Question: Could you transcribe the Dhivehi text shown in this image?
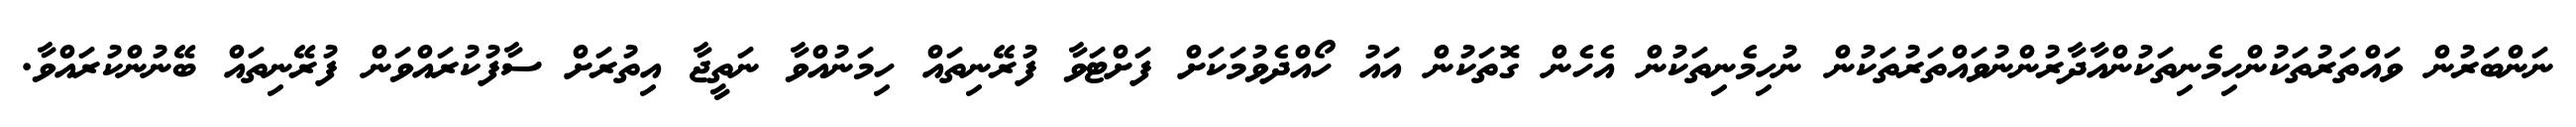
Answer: ނަންބަރުން ވައްތަރުތަކުންހިމެނިތަކުންއާދާރުންނުވައްތަރުތަކުން ނުހިމެނިތަކުން އެހެން ގޮތަކުން އައު ހޯއްދެވުމަކަށް ފަށްޓަވާ ފުރޭނިތައް ހިމަނުއްވާ ނަތީޖާ އިތުރަށް ސާފުކުރައްވަން ފުރޭނިތައް ބޭނުންކުރައްވާ.